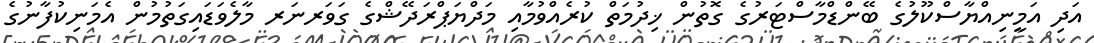
އަދި އަމީނިއްޔާސްކޫލުގެ ބޭންޑްމާސްޓަރުގެ ގޮތުން ޚިދުމަތް ކުރެއްވުމާއި މަދްޔަޕްރަދޭޝްގެ ގަވަރނަރ މާލެވަޑައިގަތުމުން އެމަނިކުފާނުގެ